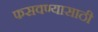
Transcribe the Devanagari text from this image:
फसवण्यासाठी